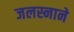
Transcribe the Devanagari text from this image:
जलस्नाने